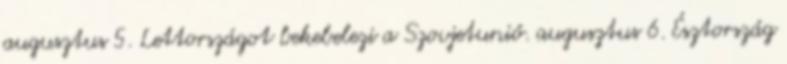
augusztus 5. Lettországot bekebelezi a Szovjetunió. augusztus 6. Észtország